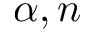
\alpha , n